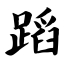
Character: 蹈